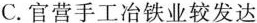
C.官营手工冶铁业较发达